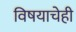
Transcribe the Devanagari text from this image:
विषयाचेही